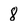
Character: 8